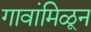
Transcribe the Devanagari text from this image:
गावांमिळून